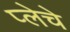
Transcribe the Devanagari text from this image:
प्लेचे